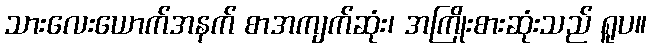
သားလေးယောက်အနက် စာအကျက်ဆုံး၊ အကြိုးစားဆုံးသည် ရူပ။